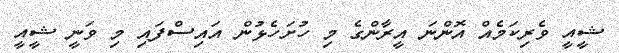
ޝީއީ ވެރިކަމެއް އޮންނަ އީރާންގެ މި ހުށަހެޅުން އައިސްފައި މި ވަނީ ޝީއީ